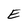
Character: E